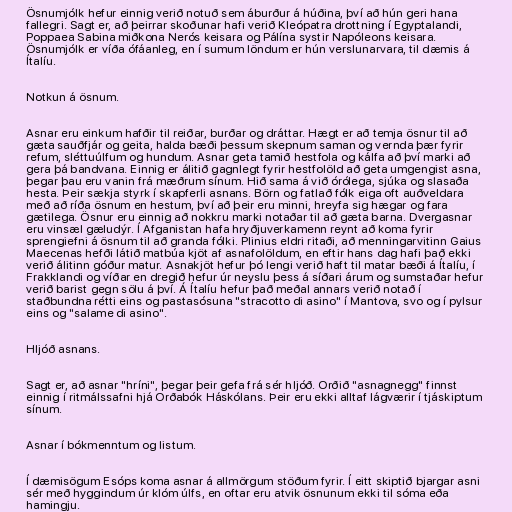
Ösnumjólk hefur einnig verið notuð sem áburður á húðina, því að hún geri hana
fallegri. Sagt er, að þeirrar skoðunar hafi verið Kleópatra drottning í Egyptalandi,
Poppaea Sabina miðkona Nerós keisara og Pálína systir Napóleons keisara.
Ösnumjólk er víða ófáanleg, en í sumum löndum er hún verslunarvara, til dæmis á
Ítalíu.

Notkun á ösnum.

Asnar eru einkum hafðir til reiðar, burðar og dráttar. Hægt er að temja ösnur til að
gæta sauðfjár og geita, halda bæði þessum skepnum saman og vernda þær fyrir
refum, sléttuúlfum og hundum. Asnar geta tamið hestfola og kálfa að því marki að
gera þá bandvana. Einnig er álitið gagnlegt fyrir hestfolöld að geta umgengist asna,
þegar þau eru vanin frá mæðrum sínum. Hið sama á við órólega, sjúka og slasaða
hesta. Þeir sækja styrk í skapferli asnans. Börn og fatlað fólk eiga oft auðveldara
með að ríða ösnum en hestum, því að þeir eru minni, hreyfa sig hægar og fara
gætilega. Ösnur eru einnig að nokkru marki notaðar til að gæta barna. Dvergasnar
eru vinsæl gæludýr. Í Afganistan hafa hryðjuverkamenn reynt að koma fyrir
sprengiefni á ösnum til að granda fólki. Plinius eldri ritaði, að menningarvitinn Gaius
Maecenas hefði látið matbúa kjöt af asnafolöldum, en eftir hans dag hafi það ekki
verið álitinn góður matur. Asnakjöt hefur þó lengi verið haft til matar bæði á Ítalíu, í
Frakklandi og víðar en dregið hefur úr neyslu þess á síðari árum og sumstaðar hefur
verið barist gegn sölu á því. Á Ítalíu hefur það meðal annars verið notað í
staðbundna rétti eins og pastasósuna "stracotto di asino" í Mantova, svo og í pylsur
eins og "salame di asino".

Hljóð asnans.

Sagt er, að asnar "hríni", þegar þeir gefa frá sér hljóð. Orðið "asnagnegg" finnst
einnig í ritmálssafni hjá Orðabók Háskólans. Þeir eru ekki alltaf lágværir í tjáskiptum
sínum.

Asnar í bókmenntum og listum.

Í dæmisögum Esóps koma asnar á allmörgum stöðum fyrir. Í eitt skiptið bjargar asni
sér með hyggindum úr klóm úlfs, en oftar eru atvik ösnunum ekki til sóma eða
hamingju.